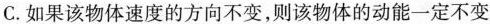
C.如果该物体速度的方向不变，则该物体的动能一定不变